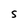
Character: S